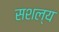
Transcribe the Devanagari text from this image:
सशल्य